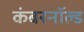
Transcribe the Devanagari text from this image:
कंबरनॉल्ड